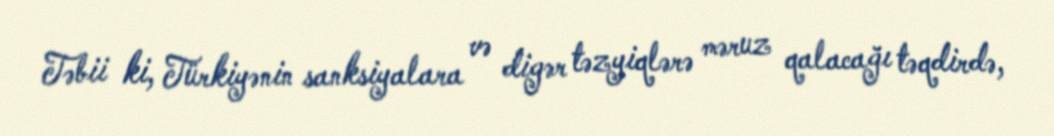
Təbii ki, Türkiyənin sanksiyalara və digər təzyiqlərə məruz qalacağı təqdirdə,